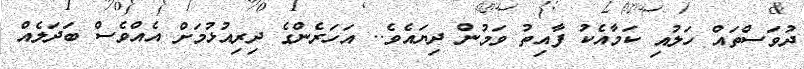
ދުވަސްތައް ހަލުއި ކަމާއެކު ފާއިތު ވަމުން ދިޔައެވެ.. އަހަރެންގެ ދިރިއުޅުމަށް އެއްވެސް ބަދަލެއް